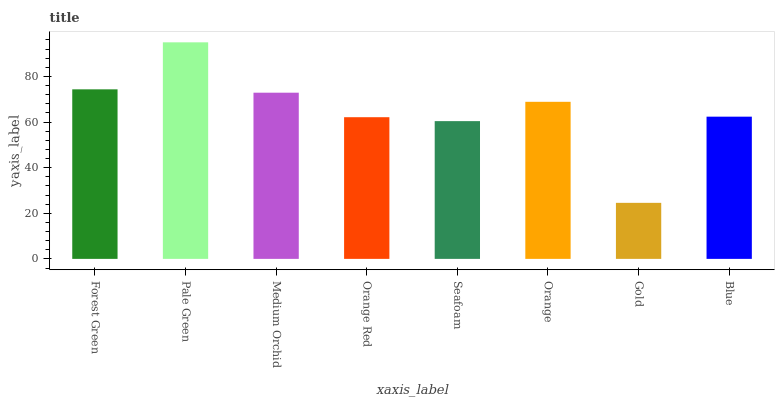
| xaxis_label | bars |
 | --- | --- |
 | Forest Green | 74.4 |
 | Pale Green | 95 |
 | Medium Orchid | 72.9 |
 | Orange Red | 62.1 |
 | Seafoam | 60.4 |
 | Orange | 68.9 |
 | Gold | 24.6 |
 | Blue | 62.4 |